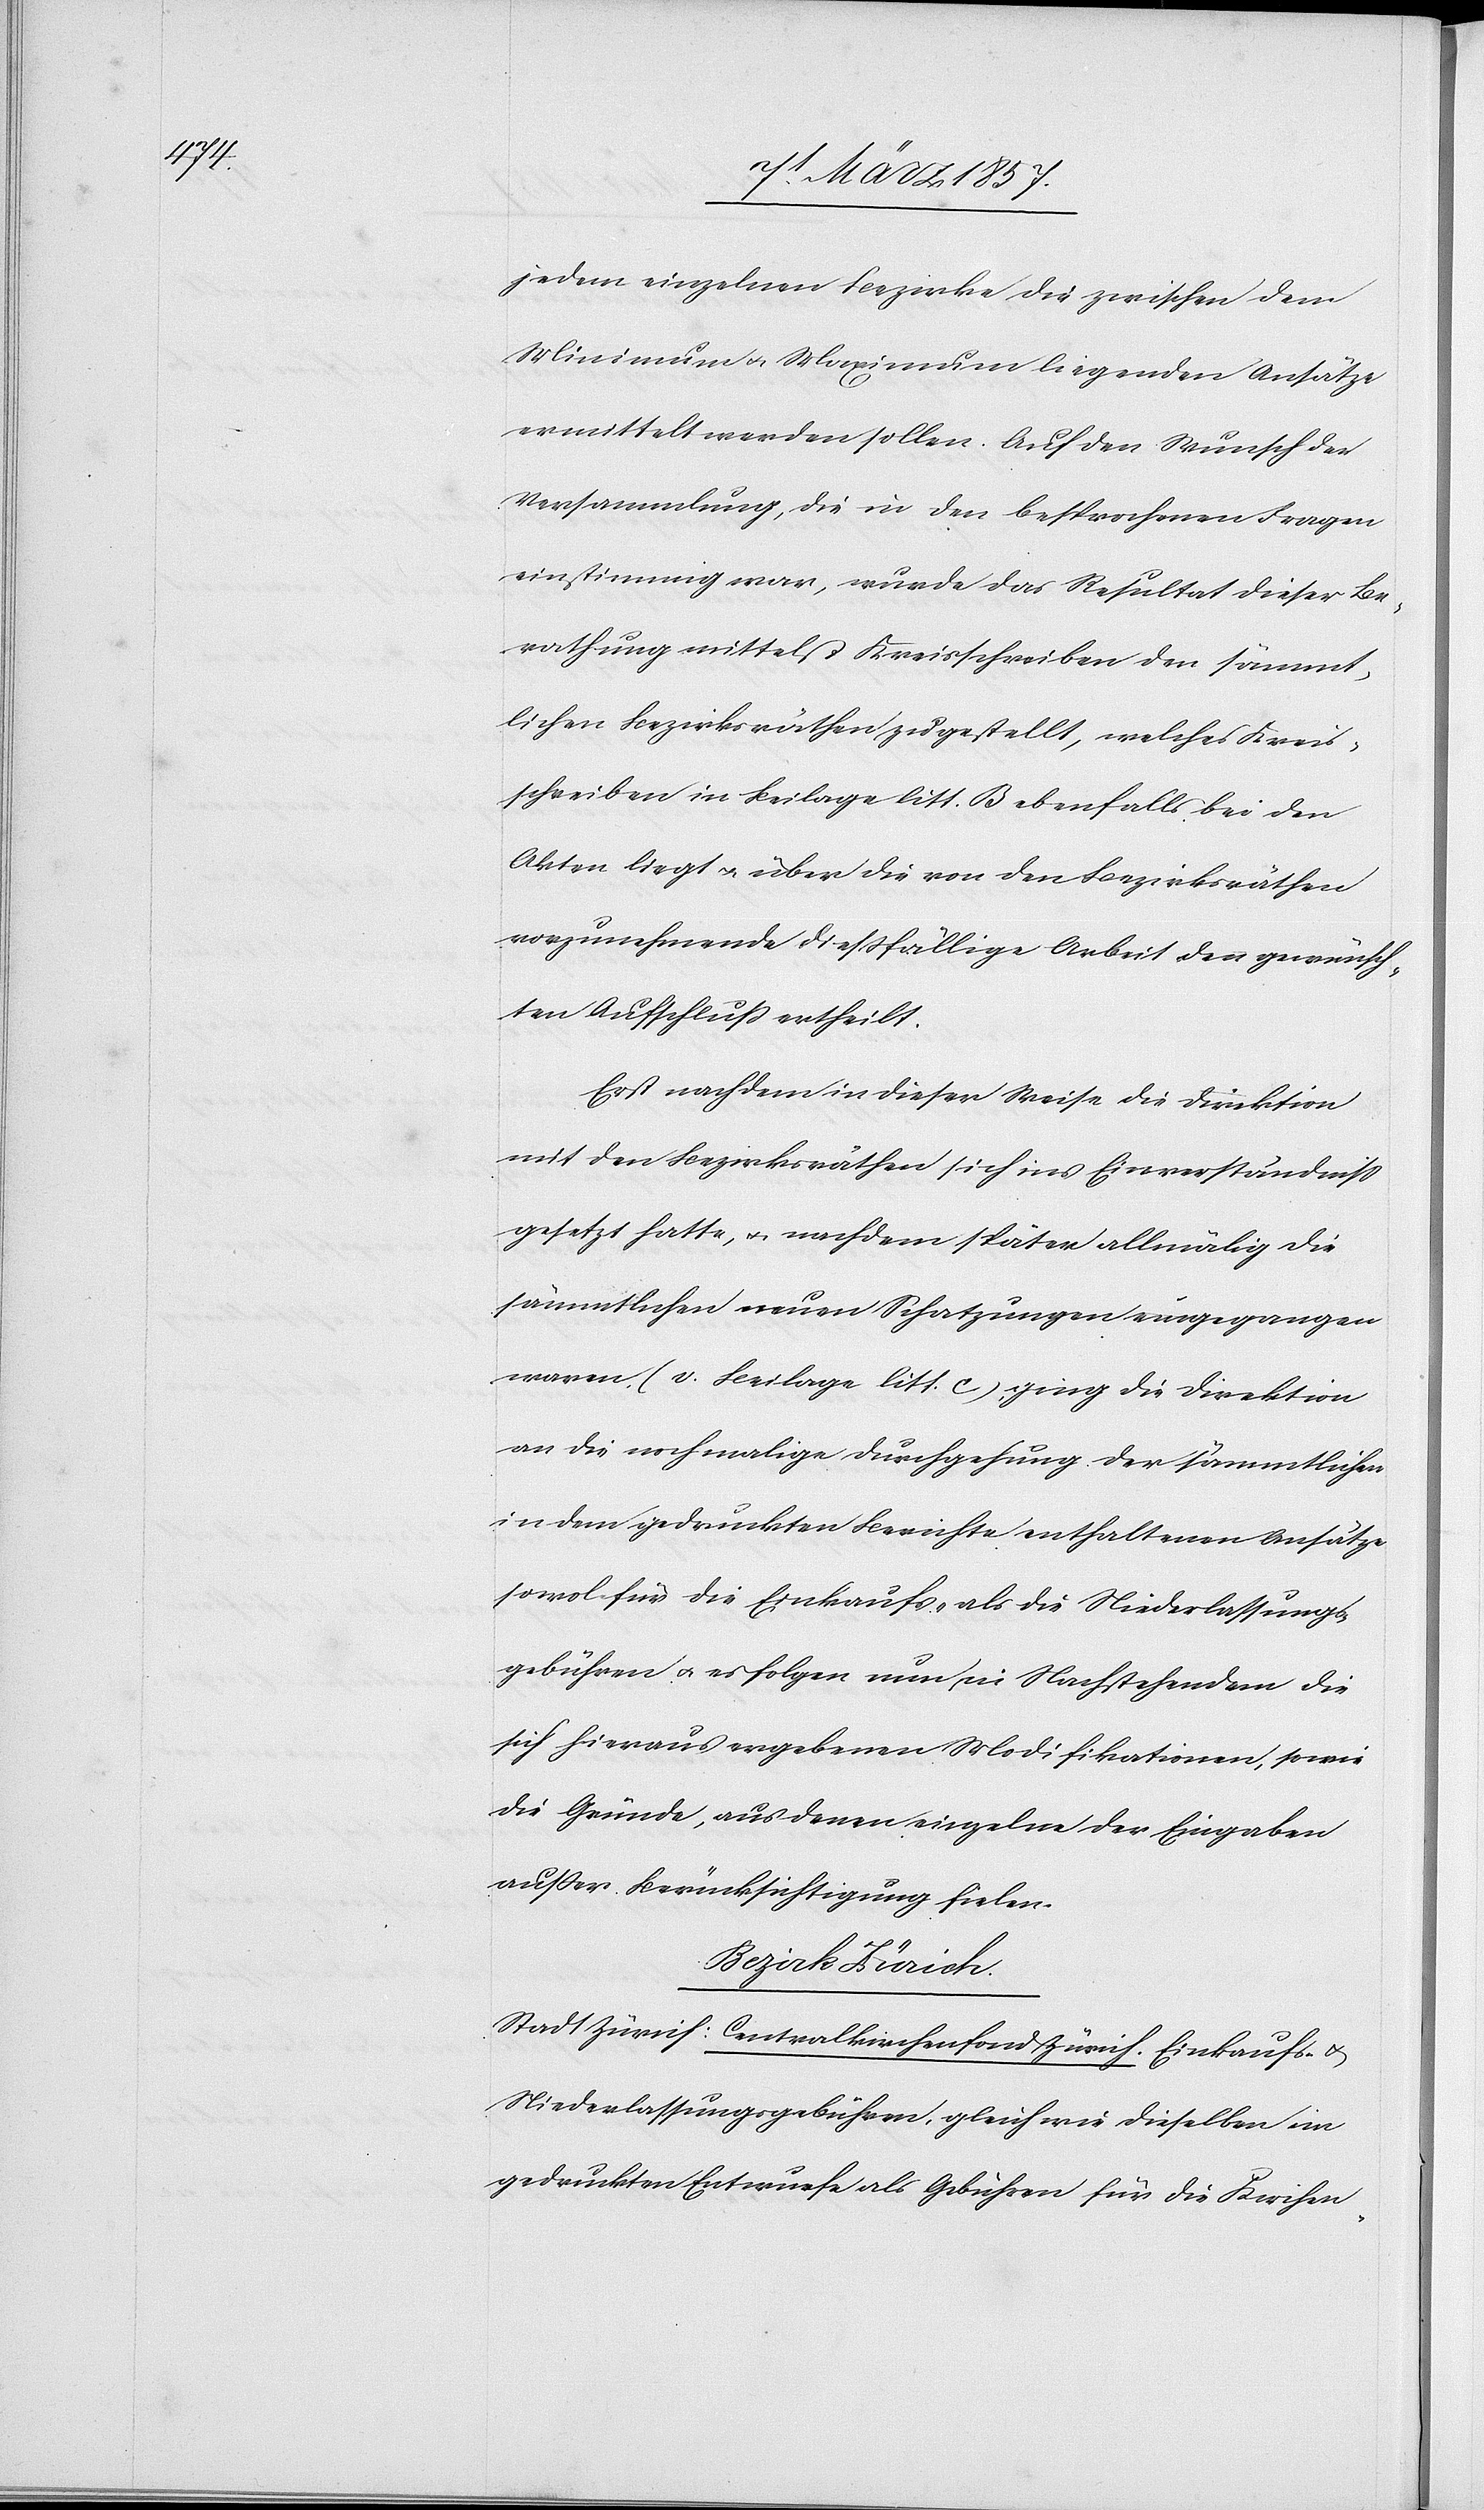
jedem einzelnen Bezirke die zwischen dem
Minimum u. Maximum liegenden Ansätze
ermittelt werden sollen. Auf den Wunsch der
Versammlung, die in den besprochenen Fragen
einstimmig war, wurde das Resultat dieser Be¬
rathung mittelst Kreisschreiben den sämmt¬
lichen Bezirksräthen zugestellt, welches Kreis¬
schreiben in Beilage litt. B ebenfalls bei den
Akten liegt u. über die von den Bezirksräthen
vorzunehmende diessfällige Arbeit den gewünsch¬
ten Aufschluß ertheilt.
Erst nachdem in dieser Weise die Direktion
mit den Bezirksräthen sich ins Einverständniß
gesetzt hatte, u. nachdem später allmälig die
sämmtlichen neuen Schatzungen eingegangen
waren (v. Beilage litt. c), ging die Direktion
an die nochmalige Durchgehung der sämmtlichen
in dem gedruckten Berichte enthaltenen Ansätze
sowol für die Einkaufs- als die Niederlassungs¬
gebühren u. es folgen nun in Nachstehendem die
sich hieraus ergebenen Modifikationen, sowie
die Gründe, aus denen einzelne der Eingaben
außer Berücksichtigung fielen.
Bezirk Zürich.
Stadt Zürich: Centralkirchenfond Zürich. Einkaufs- u.
Niederlassungsgebühren, gleich wie dieselben im
gedruckten Entwurfe als Gebühren für die Kirchen-